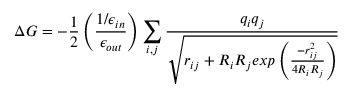
\Delta G = - \frac { 1 } { 2 } \left( \frac { 1 / \epsilon _ { i n } } { \epsilon _ { o u t } } \right) \sum _ { i , j } \frac { q _ { i } q _ { j } } { \sqrt { r _ { i j } + R _ { i } R _ { j } e x p \left( \frac { - r _ { i j } ^ { 2 } } { 4 R _ { i } R _ { j } } \right) } }